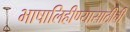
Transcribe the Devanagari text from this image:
भाषालिहीण्यासाठीची